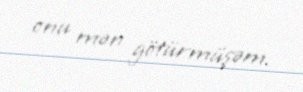
onu mən götürmüşəm.